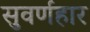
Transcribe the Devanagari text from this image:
सुवर्णहार